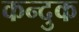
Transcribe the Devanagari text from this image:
कन्दुक